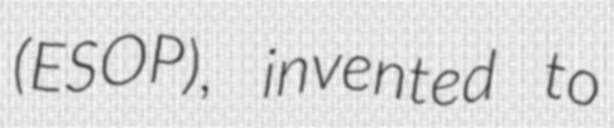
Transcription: (ESOP), invented to